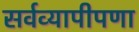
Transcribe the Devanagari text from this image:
सर्वव्यापीपणा